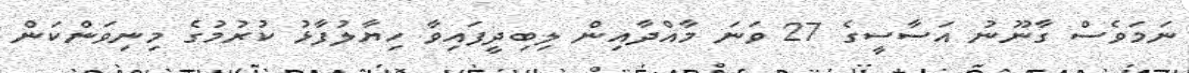
ނަމަވެސް ގާނޫނު އަސާސީގެ 27 ވަނަ މާއްދާއިން ލިބިދީފައިވާ ހިޔާލުފާޅު ކުރުމުގެ މިނިވަންކަން